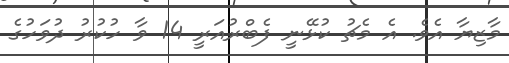
މާޒިޔާ އެވެ. އެ މެޗު ކުޅޭނީ ފެބްރުއަރީ 14 ވާ ހުކުރު ދުވަހުގެ